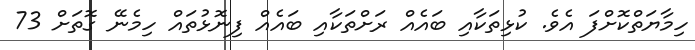
ހިމާޔަތްކޮށްފަ އެވެ. ކުޅިތަކާއި ބައެއް ރަށްތަކާއި ބައެއް ފިނޮޅުތައް ހިމެނޭ ގޮތަށް 73